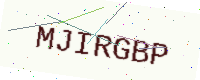
Text: MJIRGBP